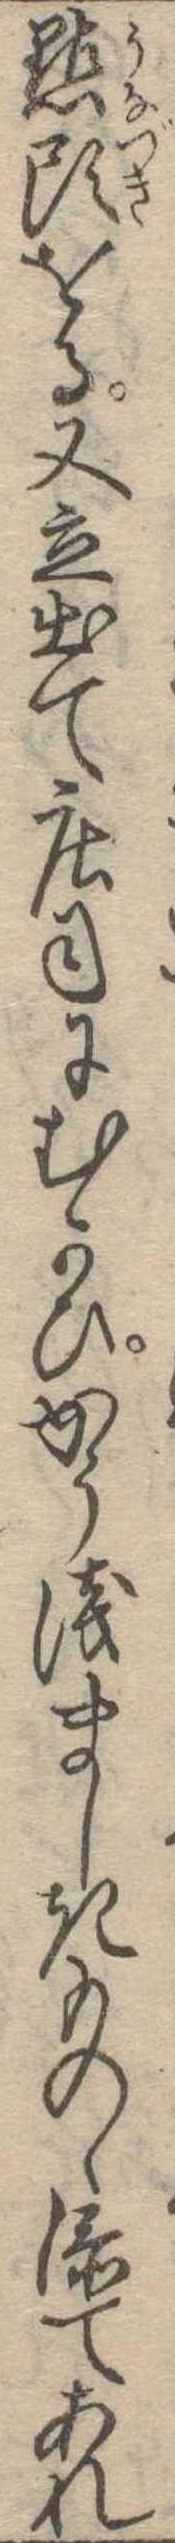
点頭をる又立出て荘司にむかひかう浅ましきものゝ添てあれ